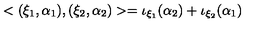
< ( \xi _ { 1 } , \alpha _ { 1 } ) , ( \xi _ { 2 } , \alpha _ { 2 } ) > = \iota _ { \xi _ { 1 } } ( \alpha _ { 2 } ) + \iota _ { \xi _ { 2 } } ( \alpha _ { 1 } )